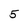
Character: 5